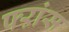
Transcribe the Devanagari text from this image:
फ्ऱांस